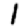
Digit: 1